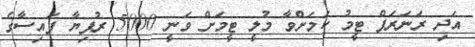
އަދި ރަނަރަޕް ޓީމު ކަމަށްވާ މުލީ ޓީމަށް ވަނީ 5000 ރުފިޔާ ފައިސާގެ